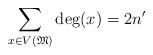
LaTeX: \begin{align*}\sum\limits_{x\in V(\mathfrak{M})}\deg(x)=2n'\end{align*}